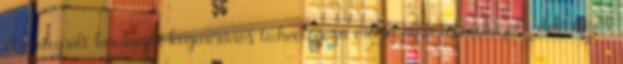
Az integrált kombinált kogenerációs technológiájú erőmű ábra többfokozatú elektromos